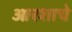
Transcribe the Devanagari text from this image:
आरशाचे